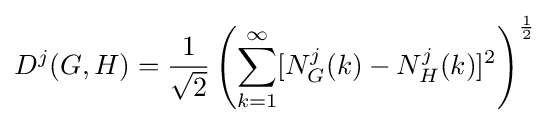
D^{j}(G,H)={\frac {1}{\sqrt {2}}}\left(\sum _{k=1}^{\infty }[N_{G}^{j}(k)-N_{H}^{j}(k)]^{2}\right)^{\frac {1}{2}}